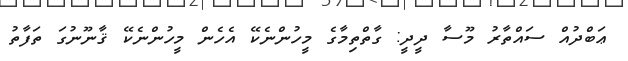
ޢަބްދުއް ސައްތާރު މޫސާ ދީދީ: ގާތްތިމާގެ މީހުންނެކޭ އެހެން މީހުންނެކޭ ޤާނޫނުގަ ތަފާތު